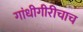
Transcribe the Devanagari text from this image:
गांधीगीरीचाच